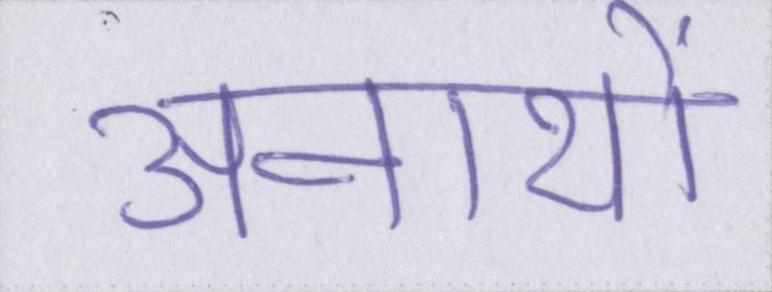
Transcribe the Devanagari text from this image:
अनाथों